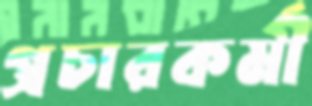
প্রচারকর্মী